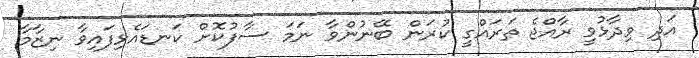
އަދި ވިދާޅުވީ ރާއްޖެ ތަރައްގީ ކުރަން ބޭނުންވާ ނަމަ ސާފުކޮށް ކަނޑައެޅިފައިވާ ނިޒާމާ